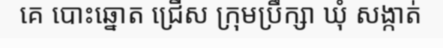
គេ បោះឆ្នោត ជ្រើស ក្រុមប្រឹក្សា ឃុំ សង្កាត់